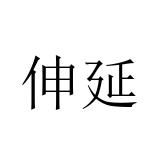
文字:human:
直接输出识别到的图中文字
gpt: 伸延